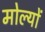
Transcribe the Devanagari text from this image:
मोल्यों